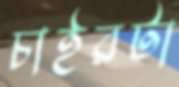
চাইরটা